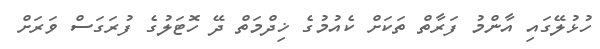
ހުޅުލޭގައި އާންމު ފަރާތް ތަކަށް ކެއުމުގެ ޚިދްމަތް ދޭ ހޮޓަލުގެ ފުރަގަސް ވަރަށް